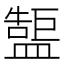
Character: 𥂷